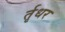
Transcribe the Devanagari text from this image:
र्तृधर